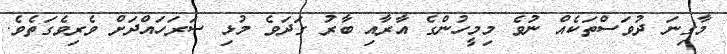
މާގިނަ ދުވަސްތަކެއް ނުވެ މިމީހުންގެ އާރާއި ބާރު ގަދަވެ މުޅި ސަރަހައްދަށް ވެރިވެގަތެވެ.